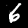
Digit: 6